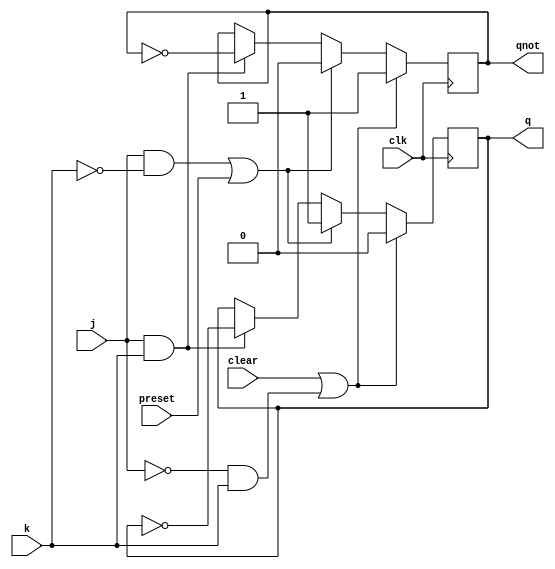
module flip_flop_jk ( output q, output qnot, input j, input k, input clk, input preset, input clear);

reg q, qnot;
always @( posedge clk )
begin
if ((clear) | ( ~j & k )) //Reseta
begin
q <= 0; qnot <= 1;
end
else if ((j & ~k) | (preset))  //Seta
begin
q <= 1; qnot <= 0;
end
else
if ( j & k )  // Toogle
begin
q <= ~q; qnot <= ~qnot;
end
end
endmodule